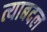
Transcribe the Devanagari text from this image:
त्याबदल